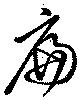
扁